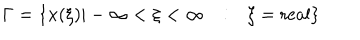
\Gamma = \{ x ( \xi ) | - \infty < \xi < \infty \ \ \ : \ \ \ \xi = \mathrm { r e a l } \}